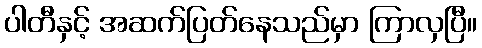
ပါတီနှင့် အဆက်ပြတ်နေသည်မှာ ကြာလှပြီ။